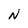
Character: N